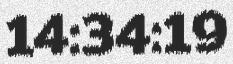
14:34:19